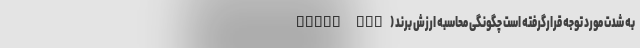
به شدت مورد توجه قرارگرفته است چگونگی محاسبه ارزش برند (Brand val